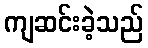
ကျဆင်းခဲ့သည်